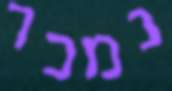
נמכר